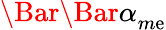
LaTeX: \Bar{\Bar{\alpha}}_{m\mathrm{e}}